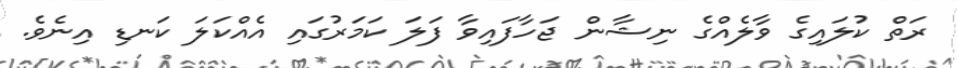
ރަތް ކުލައިގެ ވާލެއްގެ ނިޝާން ޖަހާފައިވާ ފަލަ ކަމަރުގައި އެއްކަަލަ ކަނޑި އިނެވެ.